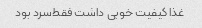
غذا کیفیت خوبی داشت فقط‌سرد بود